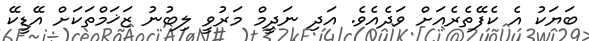
ބަޔަކު އެ ކެފޭތެރެއަށް ވަދެއެވެ. އަދި ނަދީމް މަރުވީ ލިބުނު ޒަޚަމްތަކަށް އޭޑީކޭ